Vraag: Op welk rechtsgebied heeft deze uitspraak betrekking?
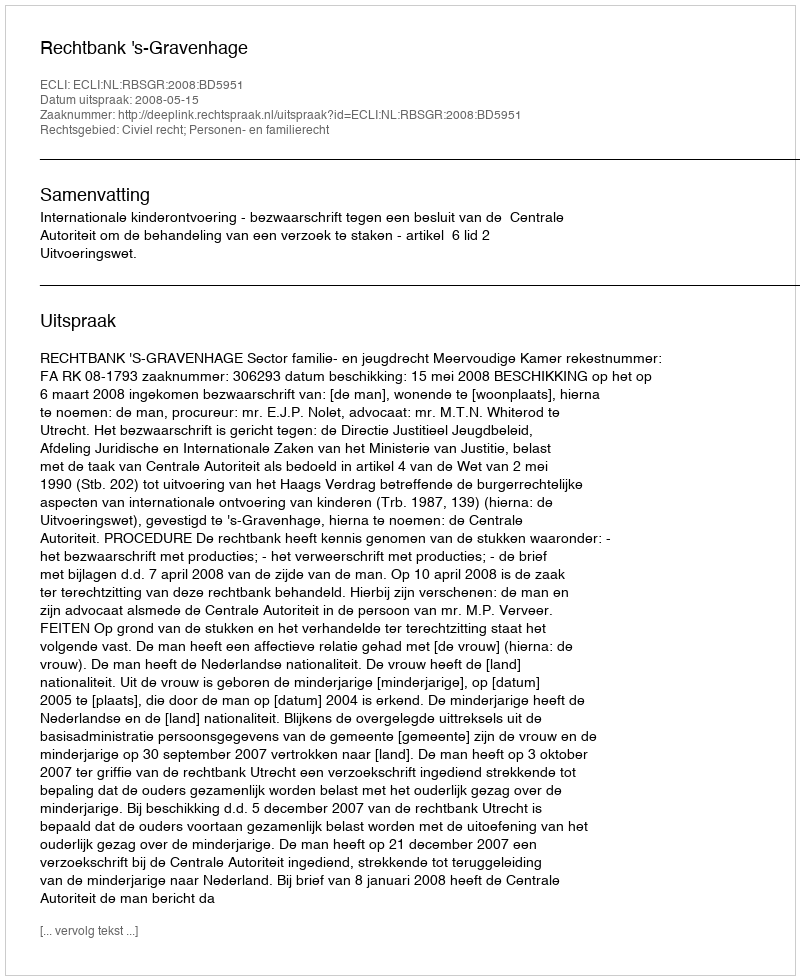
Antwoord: Civiel recht; Personen- en familierecht